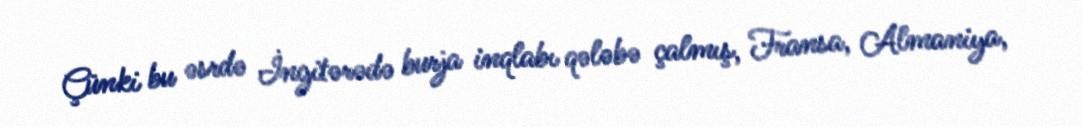
Çünki bu əsrdə İngitərədə burja inqlabı qələbə çalmış, Fransa, Almaniya,